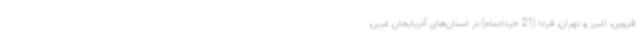
قزوین، البرز و تهران، فردا (21 خردادماه) در استان‌های آذربایجان غربی،